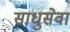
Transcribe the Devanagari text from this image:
साधुसेवा